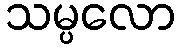
သမ္ပလော